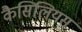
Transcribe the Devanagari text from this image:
कैसिलियस